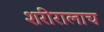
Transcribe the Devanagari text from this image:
शरीरालाच